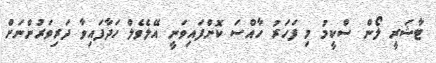
ޓާޝަރީ ލޯން ސްކީމު މި ފަހަރު ހާއްސަ ކޮށްފައިވަނީ އޭލެވެލް ހަދާފައިވާ ދަރިވަރުންނަށް